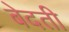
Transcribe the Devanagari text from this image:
बेदती